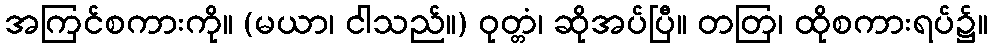
အကြင်စကားကို။ (မယာ၊ ငါသည်။) ဝုတ္တံ၊ ဆိုအပ်ပြီ။ တတြ၊ ထိုစကားရပ်၌။